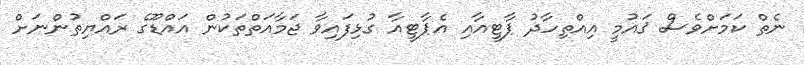
ނެތް ކަމަށްވެސް ޤައުމީ އިއްތިހާދު ޕާޓީއާއި އެޕާޓީއާ ގުޅިފައިވާ ޖަމާއަތްތަކުން އައްޑޫގެ ރައްޔިތުންނަށް